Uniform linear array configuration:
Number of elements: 8
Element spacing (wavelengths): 0.5
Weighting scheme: cosine
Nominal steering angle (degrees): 30
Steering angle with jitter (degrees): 30.681
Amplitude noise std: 0.05
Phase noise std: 0.05

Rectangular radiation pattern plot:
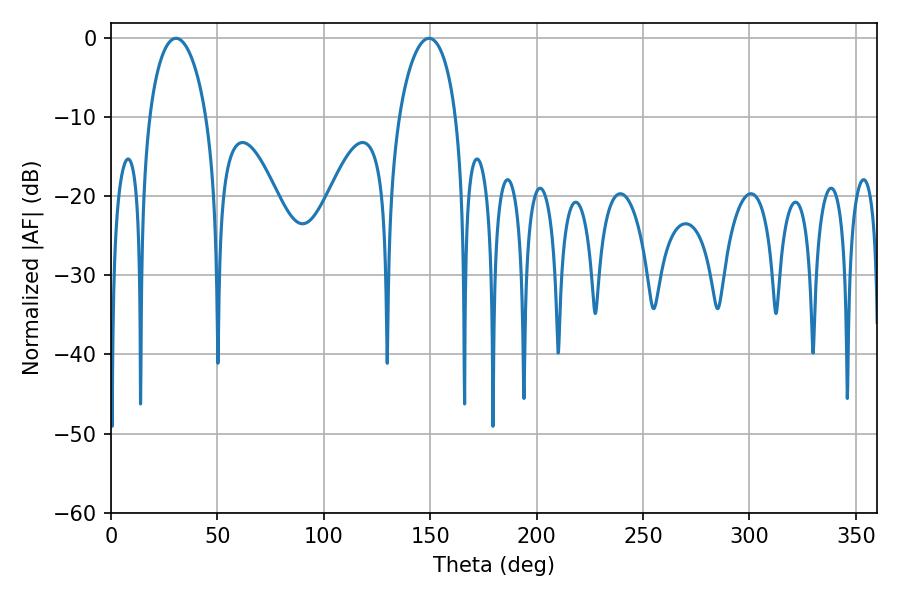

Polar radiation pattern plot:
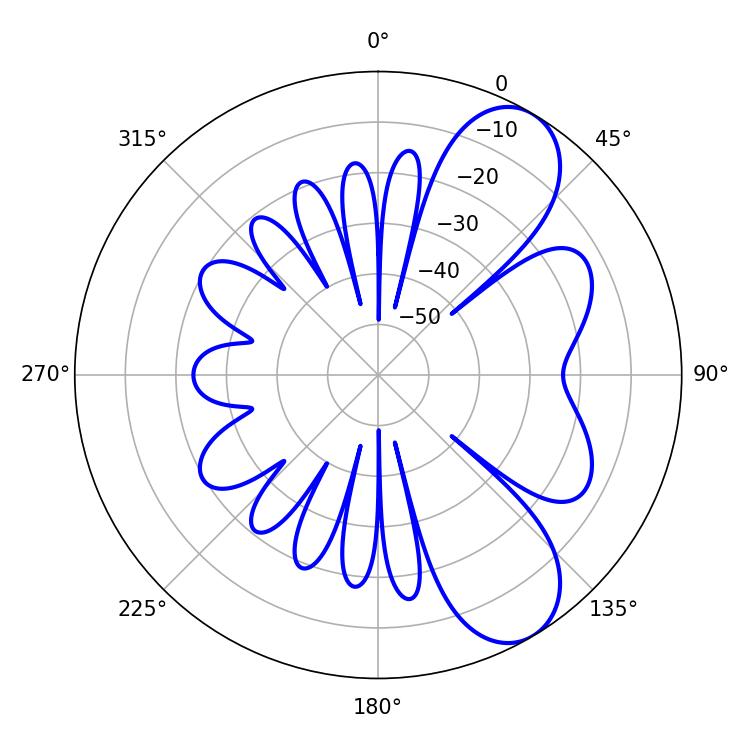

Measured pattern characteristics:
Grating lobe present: FALSE
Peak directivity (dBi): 8.173
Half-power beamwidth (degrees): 15.3
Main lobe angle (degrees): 30.6